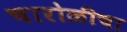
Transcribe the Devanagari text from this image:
चारोळीचा